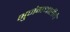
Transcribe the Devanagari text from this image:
भुजंगधारीचे